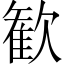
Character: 歓